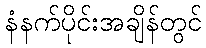
နံနက်ပိုင်းအချိန်တွင်